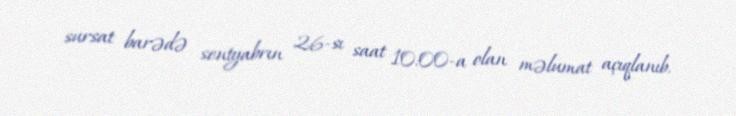
sursat barədə sentyabrın 26-sı saat 10:00-a olan məlumat açıqlanıb.